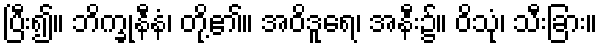
ပြီး၍။ ဘိက္ခုနီနံ၊ တို့၏။ အဝိဒူရေ၊ အနီး၌။ ဝိသုံ၊ သီးခြား။